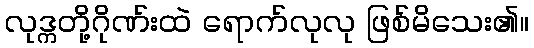
လုဒ္ကတို့ဂိုဏ်းထဲ ရောက်လုလု ဖြစ်မိသေး၏။